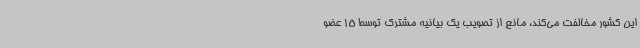
این کشور مخالفت می‌کند، مانع از تصویب یک بیانیه مشترک توسط 15 عضو